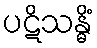
ပဋိသန္ဓိံ